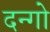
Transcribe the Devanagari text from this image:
दन्गो